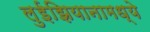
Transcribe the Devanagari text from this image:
लुईझियानामध्ये